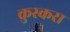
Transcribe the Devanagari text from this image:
कुस्करा